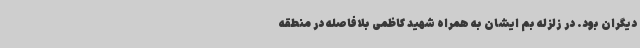
دیگران بود. در زلزله بم ایشان به همراه شهید کاظمی بلافاصله در منطقه